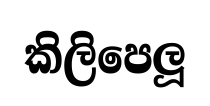
කිලිපෙලූ